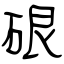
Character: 硍